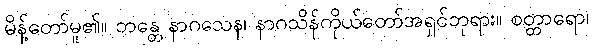
မိန့်တော်မူ၏။ ဘန္တေ နာဂသေန၊ နာဂသိန်ကိုယ်တော်အရှင်ဘုရား။ စတ္တာရော၊